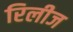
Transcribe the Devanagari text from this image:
रिलीज